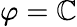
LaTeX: \varphi=\mathbb{C}